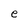
Character: e